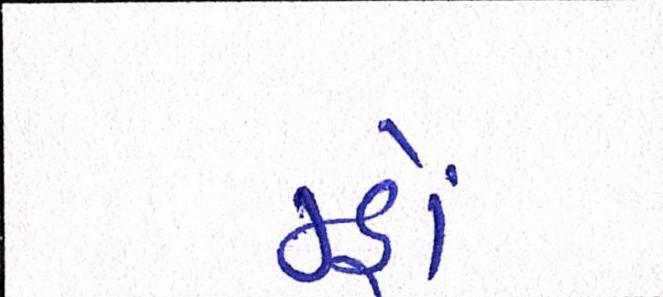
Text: મ્હોં